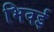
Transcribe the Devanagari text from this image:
भिवई